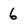
Character: 6